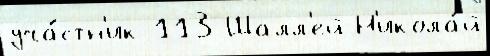
уча́стн'ик 113 Шалл'ей Н'икола́й